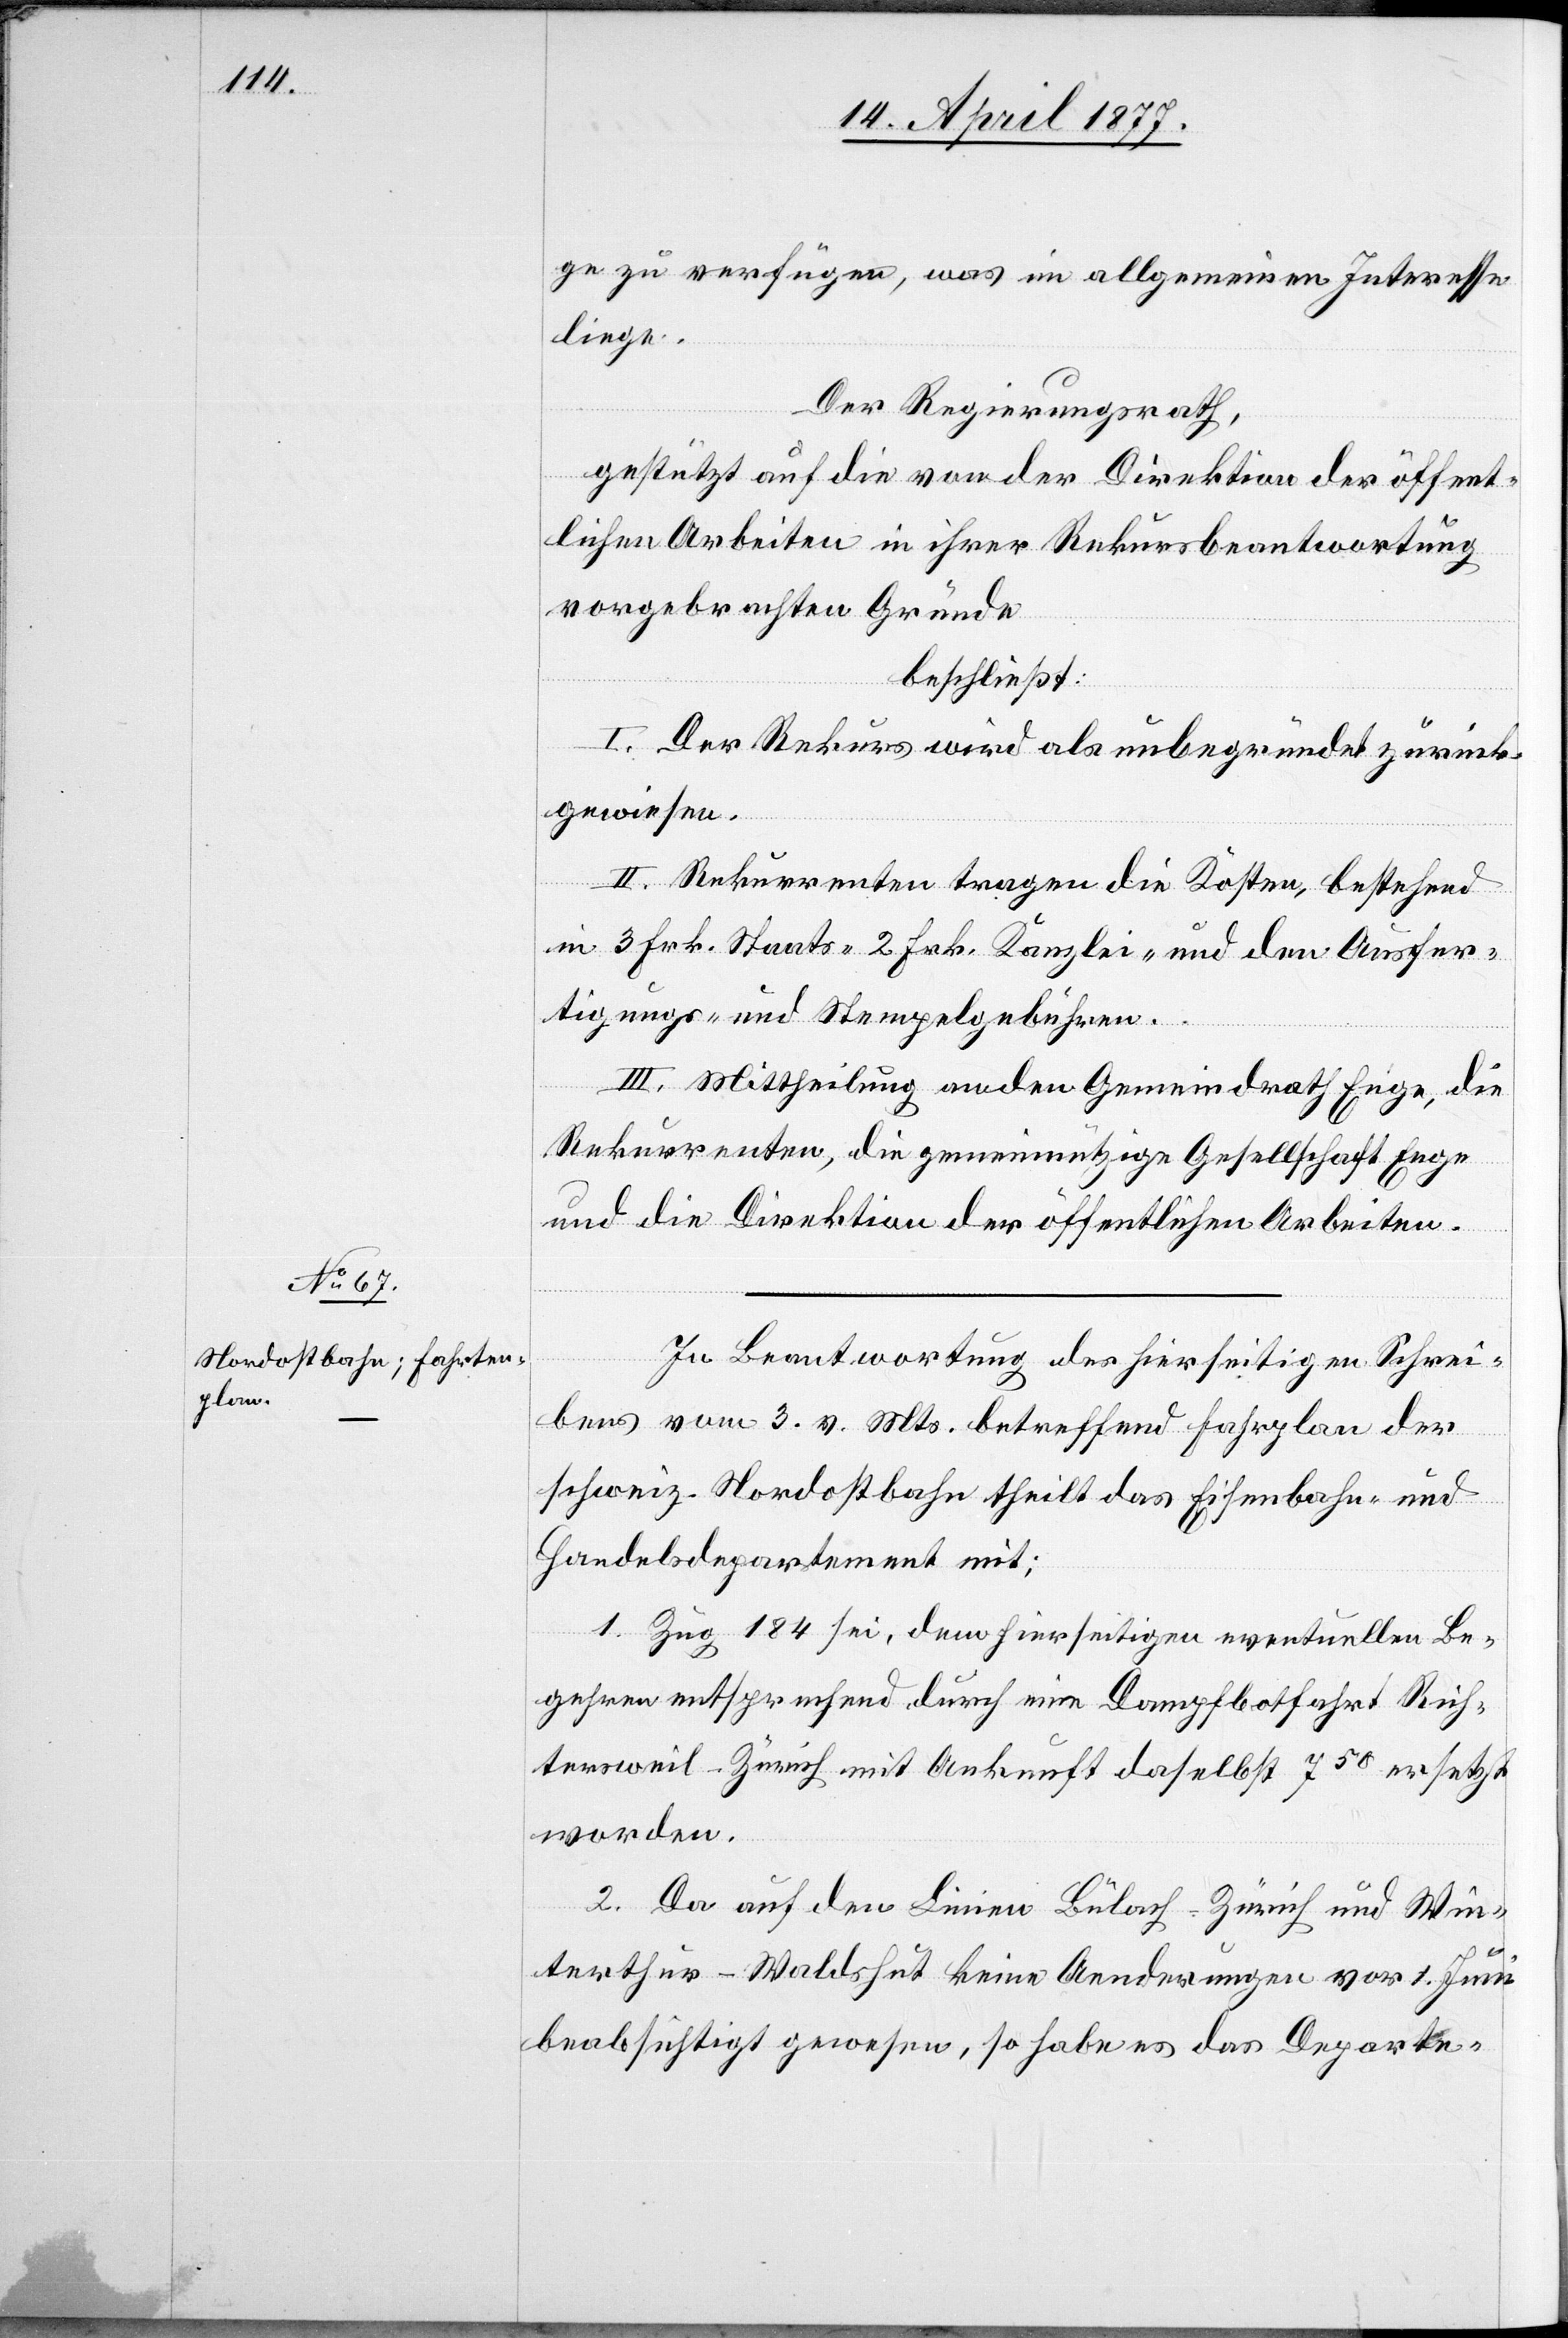
ge zu verfügen, was im allgemeinen Interesse
liege.
Der Regierungsrath,
gestützt auf die von der Direktion der öffent¬
lichen Arbeiten in ihrer Rekursbeantwortung
vorgebrachten Gründe,
beschließt:
I. Der Rekurs wird als unbegründet zurück¬
gewiesen.
II. Rekurrenten tragen die Kosten, bestehend
in 3 Frk. Staats- 2 Frk. Kanzlei- und den Ausfer¬
tigungs- und Stempelgebühren.
III. Mittheilung an den Gemeindrath Enge, die
Rekurrenten, die gemeinnützige Gesellschaft Enge
und die Direktion der öffentlichen Arbeiten.
In Beantwortung des hierseitigen Schrei¬
bens vom 3. v. Mts. betreffend Fahrplan der
Rich¬
schweiz. Nordostbahn theilt das Eisenbahn- und
Handelsdepartement mit:
1. Zug 184 sei, dem hierseitigen eventuellen Be¬
gehren entsprechend durch eine Dampfbotfahrt [sic!]
tersweil–Zürich mit Ankunft daselbst 750 ersetzt
worden.
2. Da auf den Linien Bülach–Zürich und Win¬
terthur–Waldshut keine Aenderungen vor 1. Juni
beabsichtigt gewesen, so habe es das Departe-